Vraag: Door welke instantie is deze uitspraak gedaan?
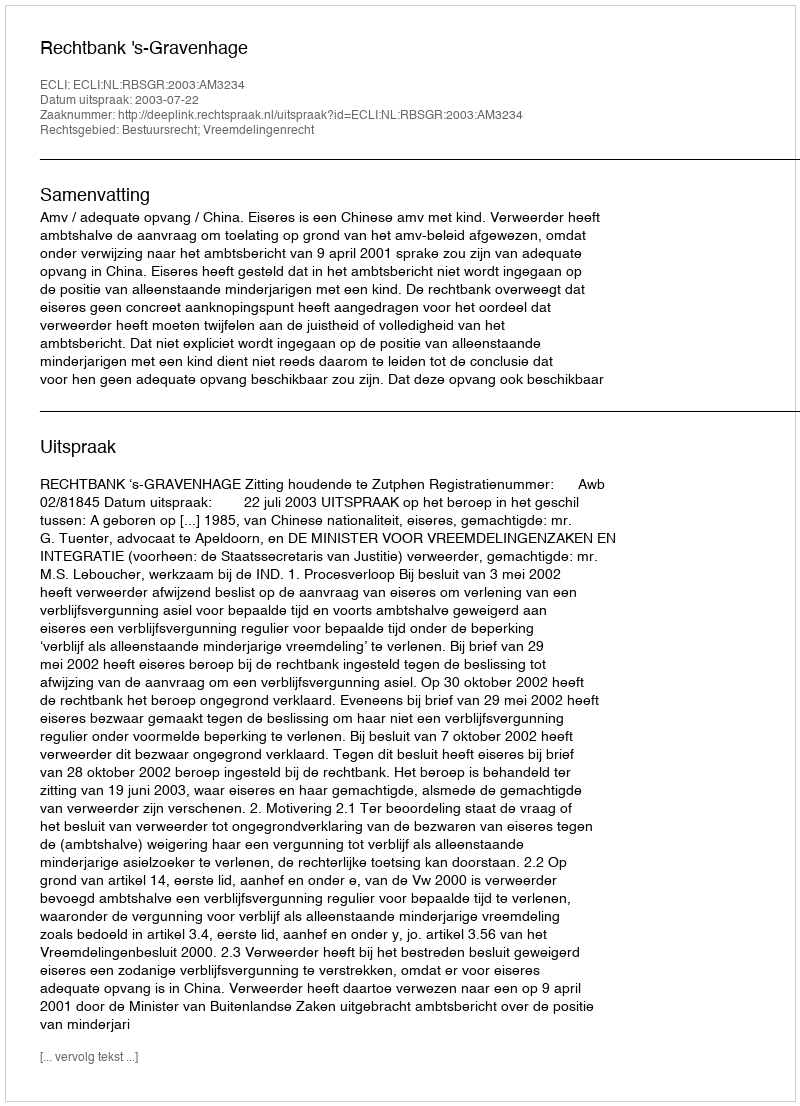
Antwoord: Rechtbank 's-Gravenhage